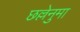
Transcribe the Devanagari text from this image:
छल्लेनुमा